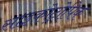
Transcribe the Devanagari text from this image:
साइकोट्रोपिक